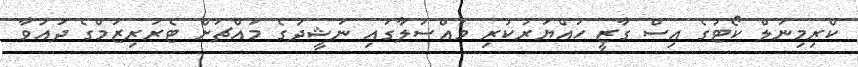
ކްރިމިނަލް ކޯޓުގެ އިސް ގާޒީ ހައްޔަރުކުރި މައްސަލާގައި ނަޝީދުގެ މައްޗަށް ޓެރަރިޒަމްގެ ދައުވާ